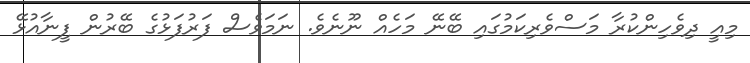
މިއީ ދިވެހިންކުރާ މަސްވެރިކަމުގައި ބޭނޭ މަހެއް ނޫނެވެ. ނަމަވެސް ފަރުފަޅުގެ ބޭރުން ފީނާއުޅޭ